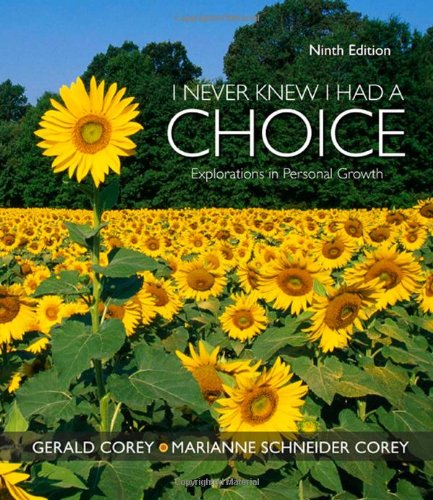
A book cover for I Never Knew I Had A Choice: Explorations in Personal Growth (PSY 103 Towards Self-Understanding); Gerald Corey; Health, Fitness & Dieting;